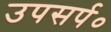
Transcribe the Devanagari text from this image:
उपसर्प०